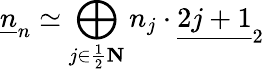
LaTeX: \underline{{{n}}}_{n}\simeq\bigoplus_{j\in\frac{1}{2}\mathbf N}n_{j}\cdot\underline{{{2j+1}}}_{2}